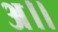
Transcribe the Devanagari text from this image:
अ।।